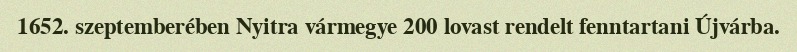
1652. szeptemberében Nyitra vármegye 200 lovast rendelt fenntartani Újvárba.